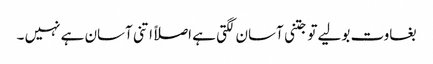
بغاوت بولیے تو جتنی آسان لگتی ہے اصلاً اتنی آسان ہے نہیں ۔